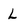
Character: L